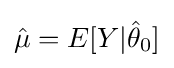
{\hat {\mu }}=E[Y|{\hat {\theta }}_{0}]